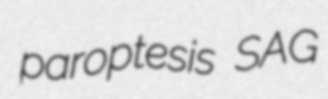
paroptesis SAG